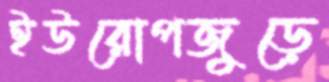
ইউরোপজুড়ে